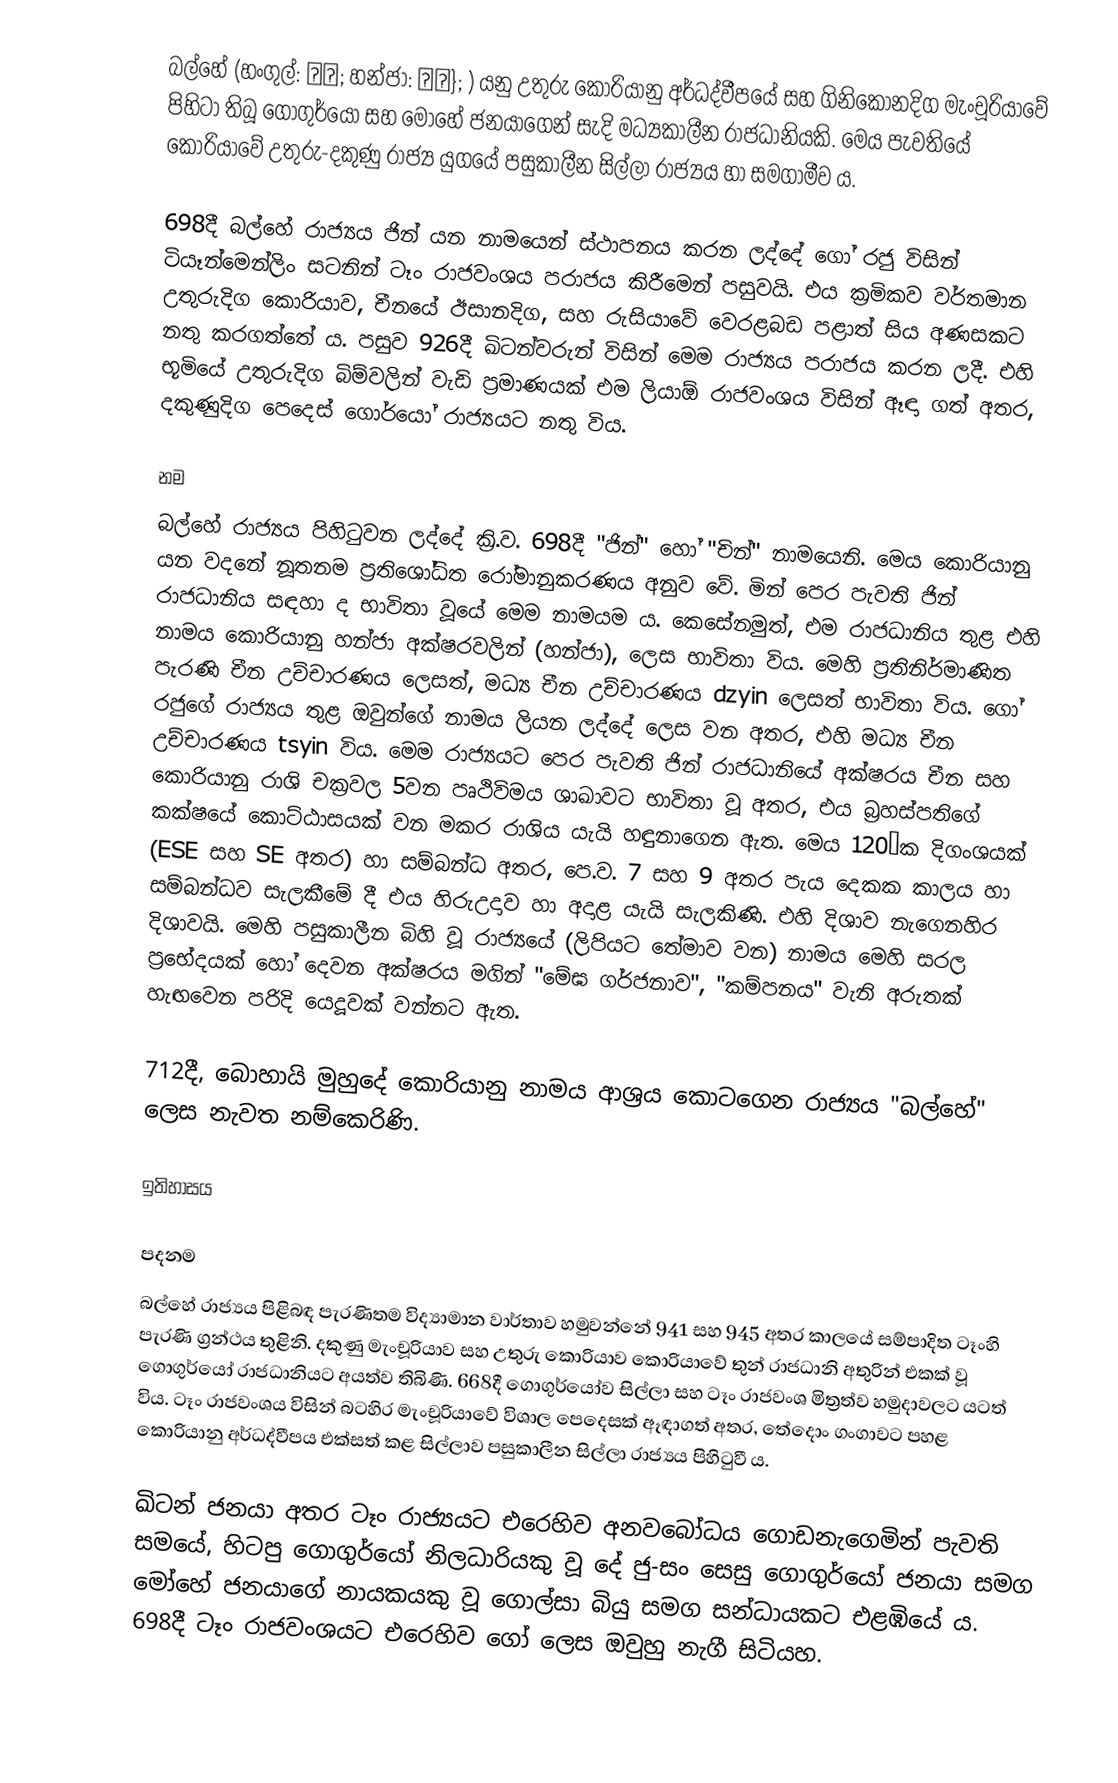
බල්හේ (හංගුල්: 발해; හන්ජා: 渤海}; ) යනු උතුරු කොරියානු අර්ධද්වීපයේ සහ ගිනිකොනදිග මැංචූරියාවේ පිහිටා තිබූ ගොගුර්යෝ සහ මොහේ ජනයාගෙන් සැදි මධ්‍යකාලීන රාජධානියකි. මෙය පැවතියේ කොරියාවේ උතුරු-දකුණු රාජ්‍ය යුගයේ පසුකාලීන සිල්ලා රාජ්‍යය හා සමගාමීව ය.

698දී බල්හේ රාජ්‍යය ජින් යන නාමයෙන් ස්ථාපනය කරන ලද්දේ ගෝ රජු විසින් ටියෑන්මෙන්ලිං සටනින් ටෑං රාජවංශය පරාජය කිරීමෙන් පසුවයි. එය ක්‍රමිකව වර්තමාන උතුරුදිග කොරියාව, චීනයේ ඊසානදිග, සහ රුසියාවේ වෙරළබඩ පළාත් සිය අණසකට නතු කරගත්තේ ය. පසුව 926දී ඛිටන්වරුන් විසින් මෙම රාජ්‍යය පරාජය කරන ලදී. එහි භූමියේ උතුරුදිග බිම්වලින් වැඩි ප්‍රමාණයක් එම ලියාඕ රාජවංශය විසින් ඈඳා ගත් අතර, දකුණුදිග පෙදෙස් ගොර්යෝ රාජ්‍යයට නතු විය.

නම
බල්හේ රාජ්‍යය පිහිටුවන ලද්දේ ක්‍රි.ව. 698දී "ජින්" හෝ "චින්" නාමයෙනි. මෙය කොරියානු  යන වදනේ නූතනම ප්‍රතිශෝධිත රෝමානුකරණය අනුව වේ. මින් පෙර පැවති ජින් රාජධානිය සඳහා ද භාවිතා වූයේ මෙම නාමයම ය. කෙසේනමුත්, එම රාජධානිය තුළ එහි නාමය කොරියානු හන්ජා අක්ෂරවලින් (හන්ජා),  ලෙස භාවිතා විය. මෙහි ප්‍රතිනිර්මාණිත පැරණි චීන උච්චාරණය  ලෙසත්, මධ්‍ය චීන උච්චාරණය dzyin ලෙසත් භාවිතා විය. ගෝ රජුගේ රාජ්‍යය තුළ ඔවුන්ගේ නාමය ලියන ලද්දේ  ලෙස වන අතර, එහි මධ්‍ය චීන උච්චාරණය tsyin විය. මෙම රාජ්‍යයට පෙර පැවති ජින් රාජධානියේ අක්ෂරය චීන සහ කොරියානු රාශි චක්‍රවල 5වන පෘථිවිමය ශාඛාවට භාවිතා වූ අතර, එය බ්‍රහස්පතිගේ කක්ෂයේ කොට්ඨාසයක් වන මකර රාශිය යැයි හඳුනාගෙන ඇත. මෙය 120°ක දිගංශයක් (ESE සහ SE අතර) හා සම්බන්ධ අතර, පෙ.ව. 7 සහ 9 අතර පැය දෙකක කාලය හා සම්බන්ධව සැලකීමේ දී එය හිරුඋදාව හා අදාළ යැයි සැලකිණි. එහි දිශාව නැගෙනහිර දිශාවයි. මෙහි පසුකාලීන බිහි වූ රාජ්‍යයේ (ලිපියට තේමාව වන) නාමය මෙහි සරල ප්‍රභේදයක් හෝ දෙවන අක්ෂරය මගින් "මේඝ ගර්ජනාව", "කම්පනය" වැනි අරුතක් හැඟවෙන පරිදි යෙදූවක් වන්නට ඇත.

712දී, බොහායි මුහුදේ කොරියානු නාමය ආශ්‍රය කොටගෙන රාජ්‍යය "බල්හේ" ලෙස නැවත නම්කෙරිණි.

ඉතිහාසය

පදනම
බල්හේ රාජ්‍යය පිළිබඳ පැරණිතම විද්‍යාමාන වාර්තාව හමුවන්නේ 941 සහ 945 අතර කාලයේ සම්පාදිත ටෑංහි පැරණි ග්‍රන්ථය තුළිනි. දකුණු මැංචූරියාව සහ උතුරු කොරියාව කොරියාවේ තුන් රාජධානි අතුරින් එකක් වූ ‍ගොගුර්යෝ රාජධානියට අයත්ව තිබිණි. 668දී ගොගුර්යෝව සිල්ලා සහ ටෑං රාජවංශ මිත්‍රත්ව හමුදාවලට යටත් විය‍. ටෑං රාජවංශය විසින් බටහිර මැංචූරියාවේ විශාල පෙදෙසක් ඈඳාගත් අතර, තේදොං ගංගාවට පහළ කොරියානු අර්ධද්වීපය එක්සත් කළ සිල්ලාව පසුකාලීන සිල්ලා රාජ්‍යය පිහිටුවී ය.

ඛිටන් ජනයා අතර ටෑං රාජ්‍යයට එරෙහිව අනවබෝධය ගොඩනැගෙමින් පැවති සමයේ, හිටපු ගොගුර්යෝ නිලධාරියකු වූ දේ ජු-සං සෙසු ගොගුර්යෝ ජනයා සමග මෝහේ ජනයාගේ නායකයකු වූ ගොල්සා බියු සමග සන්ධායකට එළඹියේ ය. 698දී ටෑං රාජවංශයට එරෙහිව ගෝ ලෙස ඔවුහු නැගී සිටියහ.